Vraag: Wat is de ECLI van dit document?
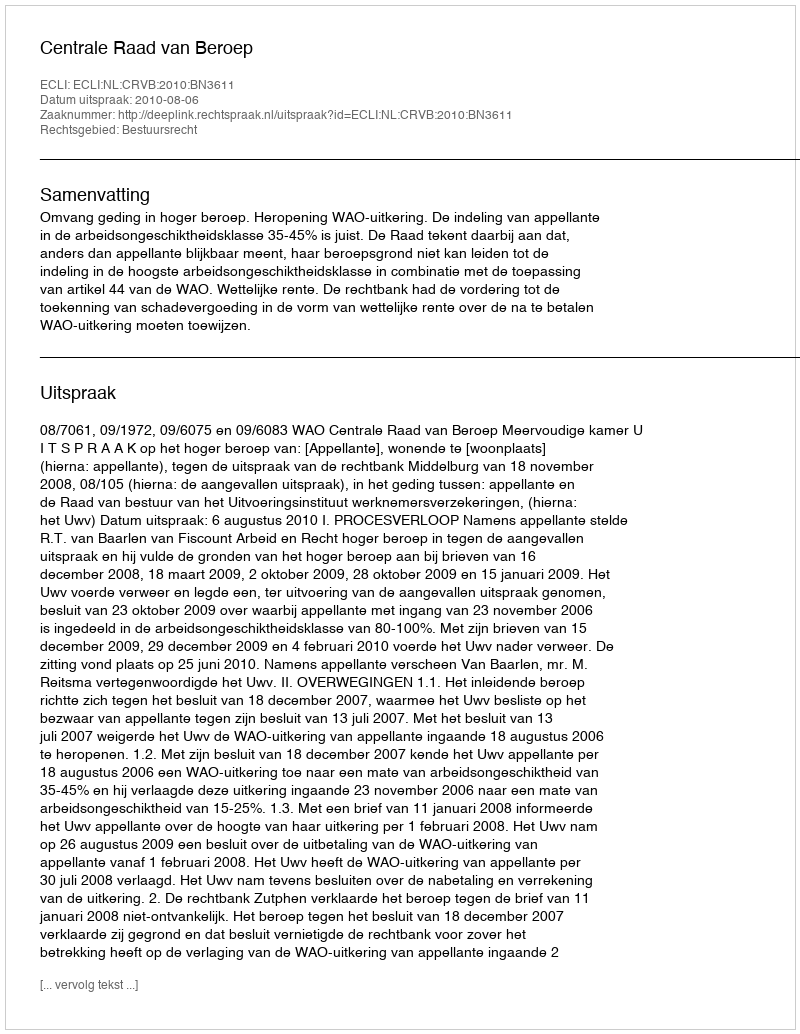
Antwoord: ECLI:NL:CRVB:2010:BN3611